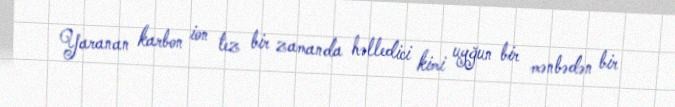
Yaranan karbon ion tez bir zamanda həlledici kimi uyğun bir mənbədən bir